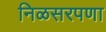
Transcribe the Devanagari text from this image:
निळसरपणा